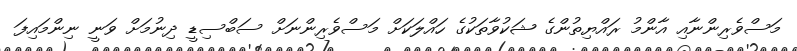
މަސްވެރިންނާއި އާންމު ރައްޔިތުންގެ ޝަކުވާތަކުގެ ހައްލަކަށް މަސްވެރިންނަށް ސަބްސިޑީ ދިނުމަށް ވަނީ ނިންމައިފަ